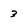
Character: 3